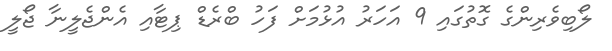
ލޯބިވެރިންގެ ގޮތުގައި 9 އަހަރު އުޅުމަށް ފަހު ބްރެޑް ޕިޓާއި އެންޖެލީނާ ޖޯލީ